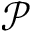
\mathcal { P }